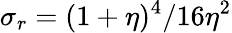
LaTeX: \sigma_{r}=(1+\eta)^{4}/16\eta^{2}